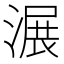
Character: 𣺹